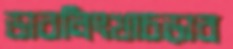
ডাবলিংখাচড়াব